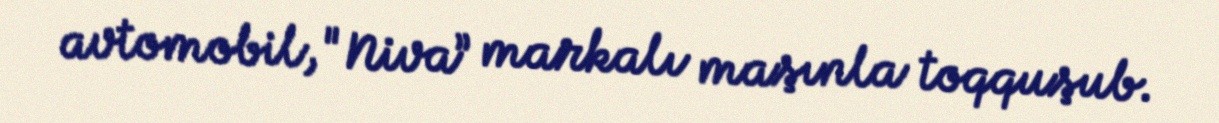
avtomobil, "Niva” markalı maşınla toqquşub.